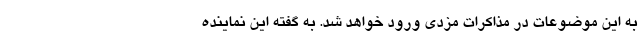
به این موضوعات در مذاکرات مزدی ورود خواهد شد. به گفته این نماینده